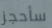
سأحجز